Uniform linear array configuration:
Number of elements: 12
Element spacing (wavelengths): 1
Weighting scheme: exponential
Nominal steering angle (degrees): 30
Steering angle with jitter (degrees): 28.914
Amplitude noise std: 0.05
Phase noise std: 0.05

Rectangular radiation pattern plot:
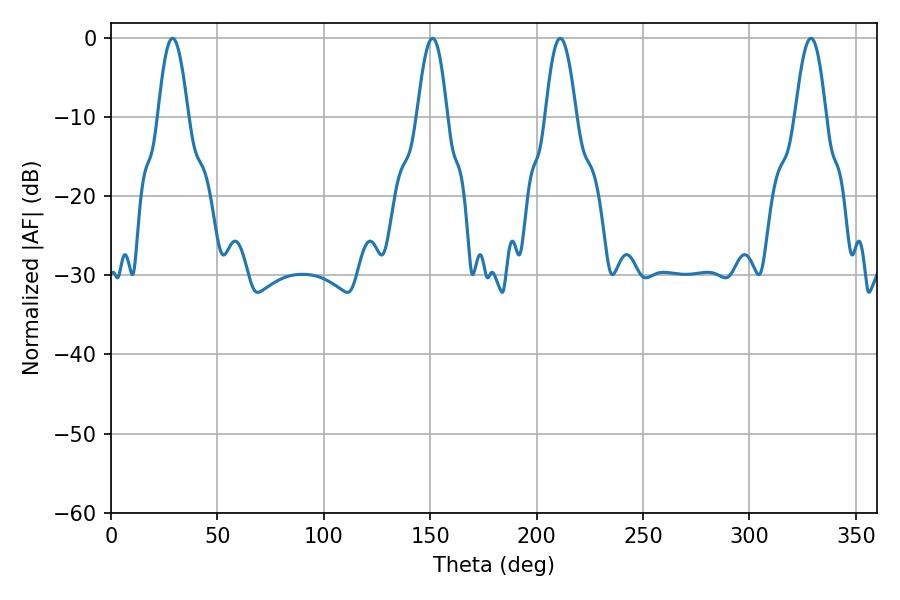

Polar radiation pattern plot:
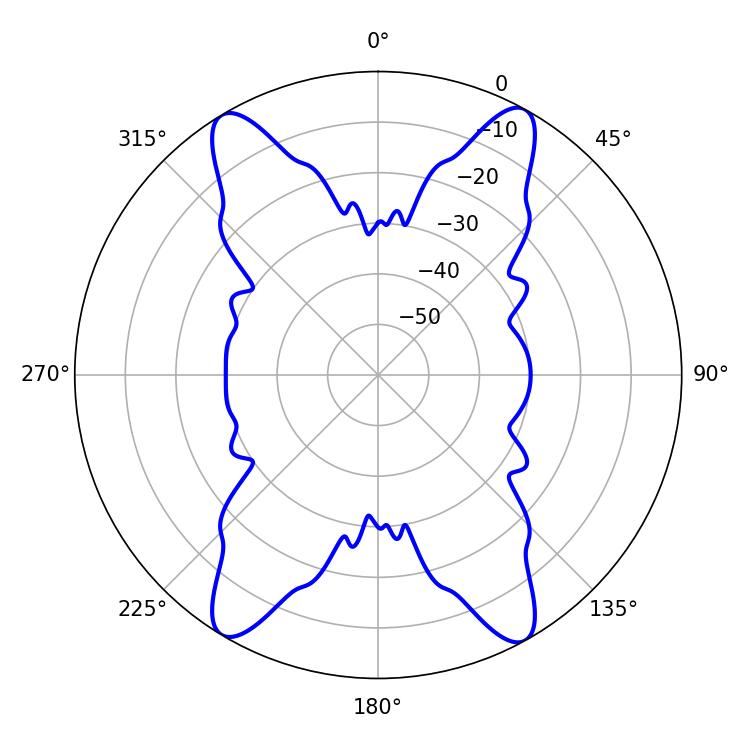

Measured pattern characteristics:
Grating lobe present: TRUE
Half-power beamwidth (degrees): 7.92
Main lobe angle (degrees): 211.14